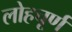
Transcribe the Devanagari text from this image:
लोहचूर्ण